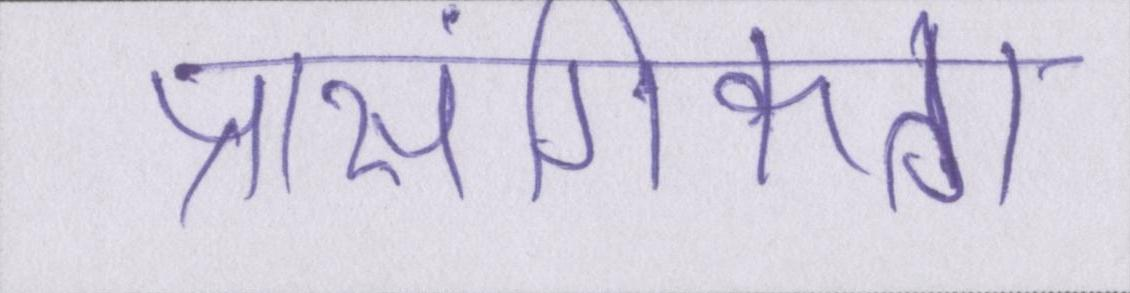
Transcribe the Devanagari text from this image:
प्रासंगिकता